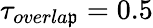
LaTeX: \tau_{overla\mathfrak{p}}=0.5